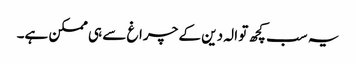
یہ سب کچھ تو الہ دین کے چراغ سے ہی ممکن ہے۔